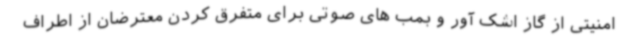
امنیتی از گاز اشک آور و بمب های صوتی برای متفرق کردن معترضان از اطراف